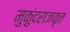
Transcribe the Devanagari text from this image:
मुकुंदराजकृत